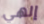
إلهي